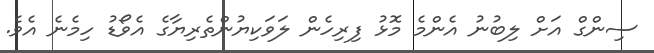
ސިންގް އަށް ލިބުނު އެންމެ މޮޅު ފިރިހެން ލަވަކިޔުންތެރިޔާގެ އެވޯޑު ހިމެނެ އެވެ.